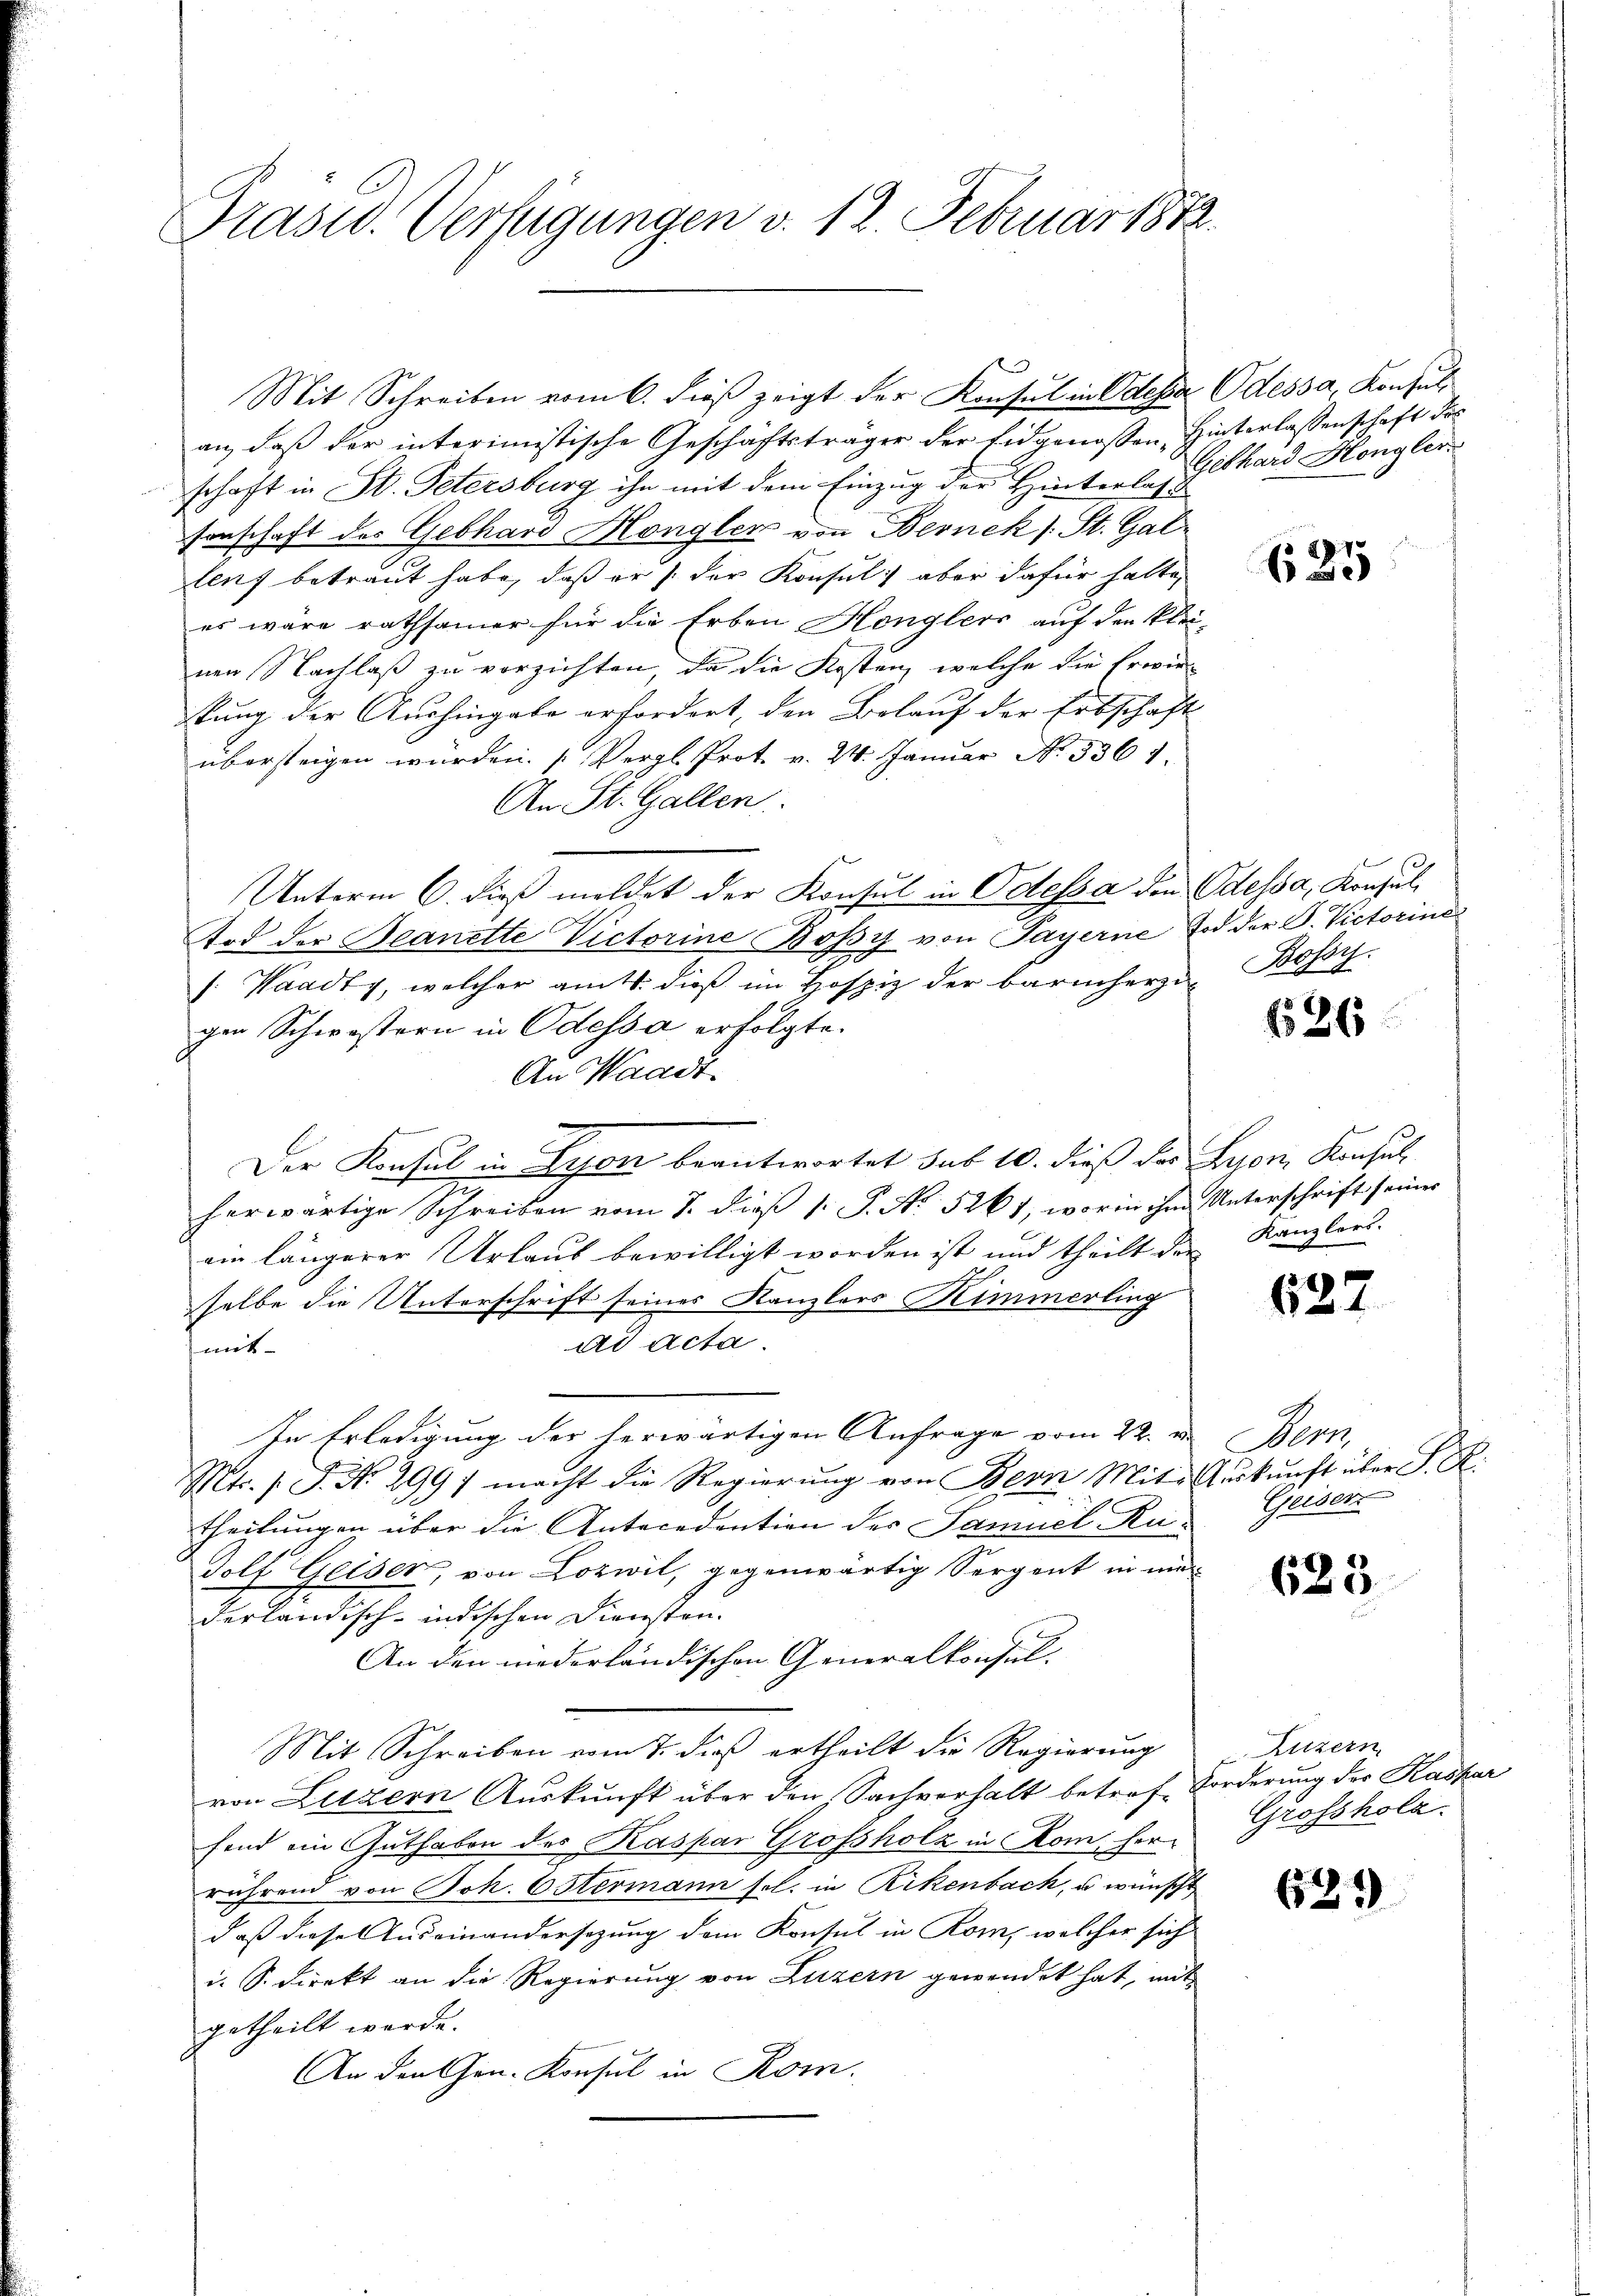
Präsid. Verfügungen v. 12. Februar 1882.

Mit Schreiben vom 6. dieß zeigt der Konsul in Odessa
an, daß der interimistische Geschäftsträger der Eidgenossen, Hinterlassenschaft des
schaft in St. Petersburg ihn mit dem Einzug der Hinterlass
sonschaft des Gebhard Hongler von Bernek (: St. Gallenz betraut habe, daß er /: der Konsul aber dafür hatte,
es wäre rathsamer für die Erben Henglers auf den klei-
nen Nachlaß zu verzichten, da die Kosten, welche die Erwiekung der Aushingabe erfordert, den Belauf der Erbschaft
übersteigen würden. (Vergl. Prot. v. 24. Januar No 3364.
An St. Gallen.
Unterm 6. dieß meldet der Konsul in Odessa den Odessa, Konsul¬
Ard der Beanette Victorine Bossy von Payerne Tod der G. Victoriner
/. Waadty, welcher amts. dieß im Hospiz der barmherzugen Schwestern in Odessa erfolgte.
An Waadt.
Der Konsul in Lyon beantwortet sub 10. dieß das Lyon, Konsul
7
herwärtige Schreiben vom 1. dieβ 1. P. No. 5261, worin ihm Unterschrift seiner
ein längerer Urlauf bewilligt worden ist und theilt den
selbe die Unterschrift seines Kanzlers Kimmerling
ad acta.
mit-
In Erledigung der herwärtigen Anfrage vom 22. e
Mts. s. S. No. 299) macht die Regierŭng von Bern Mite Aŭskŭnft über S. R.
theilungen über die Antecedention der Samuel Ru¬
Solf Geiser, von Lozwil, gegenwärtig Sergent in me
derländisch-indischen Diensten.
An den niederländischen Generalkonsul-
Mit Schreiben vom 7. dieß ertheilt die Regierung
von Luzern Auskunft über den Sachverhalt betref Forderung der Kaspar
fond ein Guthaben des Kaspar Grossholz in Rom herrährend von Jok. 6 Stermann sol. in Rikenbach, u wünscht
daß diese Auseinandersezung dem Konsul in Rom, welcher sich
i. S. Direkt an die Regierung von Luzern gewendet hat, mit
getheilt werde.
An den Gen. Konsul in Rom.

Odessa, Konsul
Gebhard Hlongler

625

Bossy.

636

Kanzlers.

622

o
Geiser

625

Luzern,
Grossholz.

629